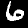
Label: 6